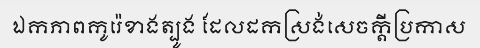
ឯកភាពកូរ៉េខាងត្បូង ដែលដកស្រង់សេចក្តីប្រកាស